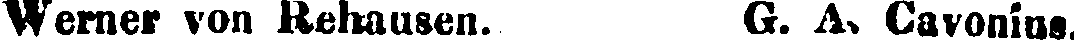
Werner von Rehausen. G. A. Cavonius.